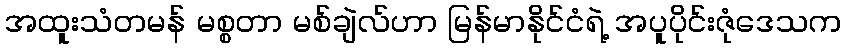
အထူးသံတမန် မစ္စတာ မစ်ချဲလ်ဟာ မြန်မာနိုင်ငံရဲ့ အပူပိုင်းဇုံဒေသက